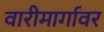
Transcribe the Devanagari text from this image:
वारीमार्गावर